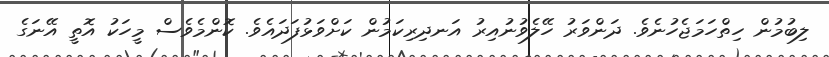
ލިބުމުން ހިތްހަމަޖެހުނެވެ. ދަންވަރު ހޭލެވުނުއިރު އަނދިރިކަމުން ކަށްވަޅުފަދައެވެ. ކޮންމެވެސް މީހަކު އޮތީ އޭނަގެ